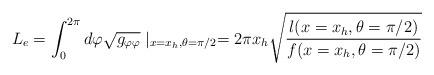
LaTeX: \begin{align*}L_e=\int_{0}^{2\pi} d\varphi \sqrt{g_{\varphi\varphi}} \mid_{x=x_h, \theta=\pi/2}=2\pi x_h \sqrt{\frac{l(x=x_h, \theta=\pi/2)}{f(x=x_h, \theta=\pi/2)}}\end{align*}